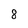
Character: 8